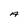
Character: A